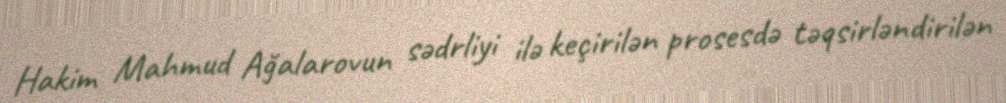
Hakim Mahmud Ağalarovun sədrliyi ilə keçirilən prosesdə təqsirləndirilən